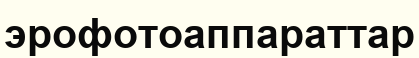
эрофотоаппараттар